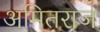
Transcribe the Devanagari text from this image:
अमितराज